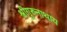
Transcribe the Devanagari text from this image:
श्रीगुरुनाथाय